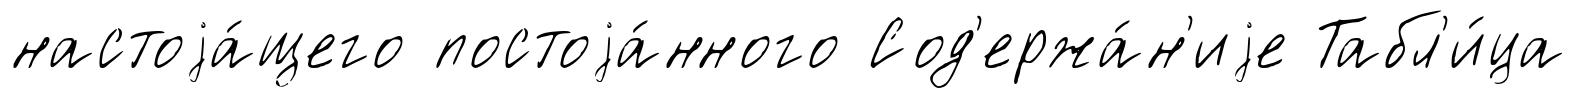
настоjа́щего постоjа́нного Сод'ержа́н'иjе Табл'и́ца